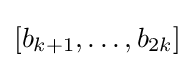
[b_{k+1},\dots ,b_{2k}]